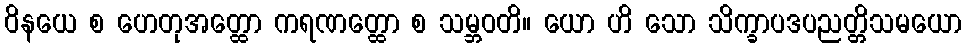
ဝိနယေ စ ဟေတုအတ္ထော ကရဏတ္ထော စ သမ္ဘဝတိ။ ယော ဟိ သော သိက္ခာပဒပညတ္တိသမယော